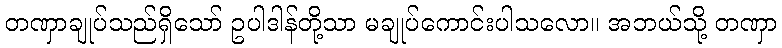
တဏှာချုပ်သည်ရှိသော် ဥပါဒါန်တို့သာ မချုပ်ကောင်းပါသလော။ အဘယ်သို့ တဏှာ